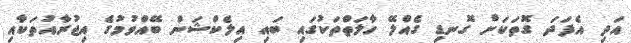
އަދި އެފަދަ ގޮތަކަށް ގޮނޑި ގެއްލޭ ހާލަތްތަކުގައި ބައި އިލެކްޝަން ބޭއްވުމުގެ އިޖުރާއުތަކާއި